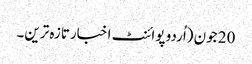
20 جون (اُردو پوائنٹ اخبارتازہ ترین۔